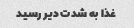
غذا به شدت دیر رسید